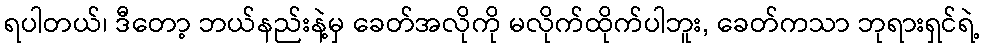
ရပါတယ်၊ ဒီတော့ ဘယ်နည်းနဲ့မှ ခေတ်အလိုကို မလိုက်ထိုက်ပါဘူး, ခေတ်ကသာ ဘုရားရှင်ရဲ့